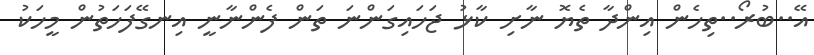
އޭ..ބުރޯ..ތިހެން އިންދާ ތެޔޮ ނާށި ކާޅު ޖަހައިގަންނަ ތަން ފެންނާނީ އިނގޭފަހަތުން މީހަކު